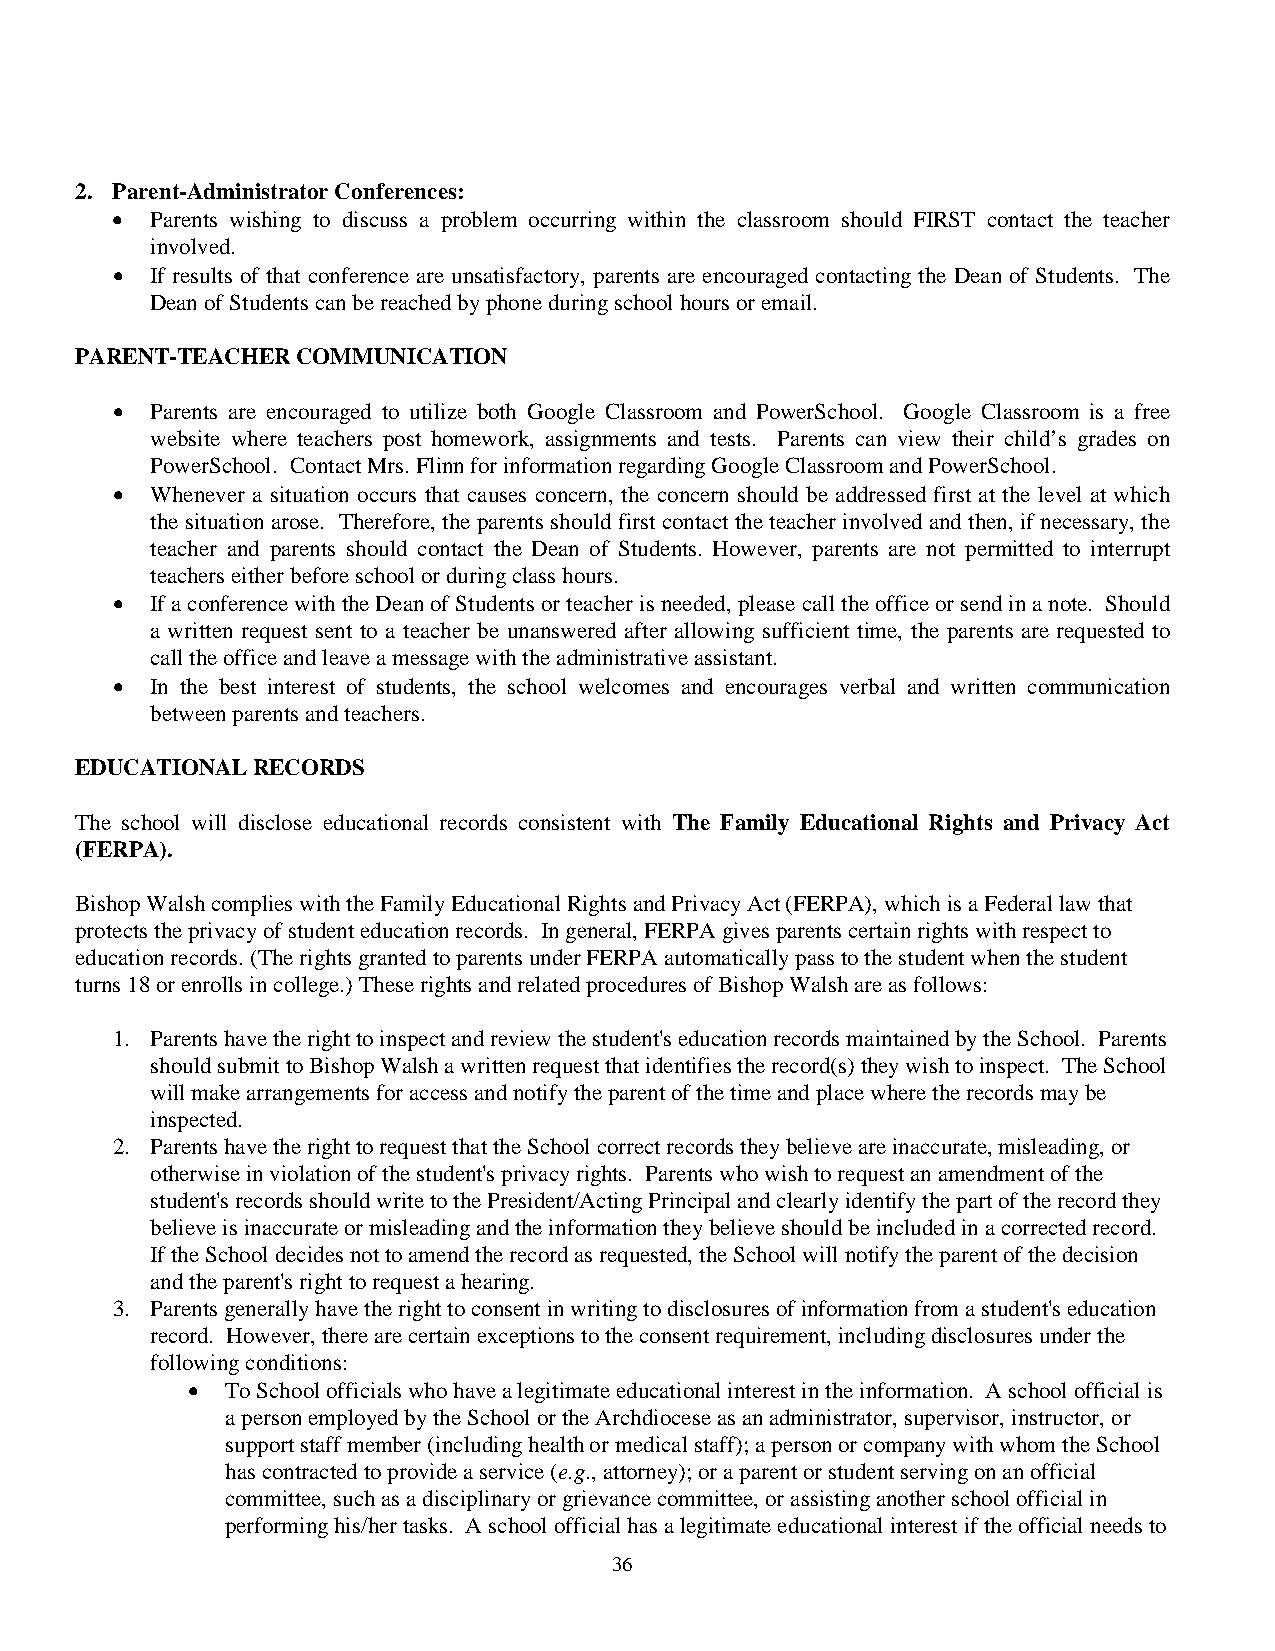
2. Parent-Administrator Conferences:
 •  Parents wishing to discuss a problem occurring within the classroom should FIRST contact the teacher
 involved.
 •  If results of that conference are unsatisfactory, parents are encouraged contacting the Dean of Students. The
 Dean of Students can be reached by phone during school hours or email.
 PARENT-TEACHER COMMUNICATION
 •  Parents are encouraged to utilize both Google Classroom and PowerSchool. Google Classroom is a free
 website where teachers post homework, assignments and tests. Parents can view their child’s grades on
 PowerSchool. Contact Mrs. Flinn for information regarding Google Classroom and PowerSchool.
 •  Whenever a situation occurs that causes concern, the concern should be addressed first at the level at which
 the situation arose. Therefore, the parents should first contact the teacher involved and then, if necessary, the
 teacher and parents should contact the Dean of Students. However, parents are not permitted to interrupt
 teachers either before school or during class hours.
 •  If a conference with the Dean of Students or teacher is needed, please call the office or send in a note. Should
 a written request sent to a teacher be unanswered after allowing sufficient time, the parents are requested to
 call the office and leave a message with the administrative assistant.
 •  In the best interest of students, the school welcomes and encourages verbal and written communication
 between parents and teachers.
 EDUCATIONAL RECORDS
 The school will disclose educational records consistent with The Family Educational Rights and Privacy Act
 (FERPA).
 Bishop Walsh complies with the Family Educational Rights and Privacy Act (FERPA), which is a Federal law that
 protects the privacy of student education records. In general, FERPA gives parents certain rights with respect to
 education records. (The rights granted to parents under FERPA automatically pass to the student when the student
 turns 18 or enrolls in college.) These rights and related procedures of Bishop Walsh are as follows:
 1. Parents have the right to inspect and review the student's education records maintained by the School. Parents
 should submit to Bishop Walsh a written request that identifies the record(s) they wish to inspect. The School
 will make arrangements for access and notify the parent of the time and place where the records may be
 inspected.
 2. Parents have the right to request that the School correct records they believe are inaccurate, misleading, or
 otherwise in violation of the student's privacy rights. Parents who wish to request an amendment of the
 student's records should write to the President/Acting Principal and clearly identify the part of the record they
 believe is inaccurate or misleading and the information they believe should be included in a corrected record.
 If the School decides not to amend the record as requested, the School will notify the parent of the decision
 and the parent's right to request a hearing.
 3. Parents generally have the right to consent in writing to disclosures of information from a student's education
 record. However, there are certain exceptions to the consent requirement, including disclosures under the
 following conditions:
 •  To School officials who have a legitimate educational interest in the information. A school official is
 a person employed by the School or the Archdiocese as an administrator, supervisor, instructor, or
 support staff member (including health or medical staff); a person or company with whom the School
 has contracted to provide a service (e.g., attorney); or a parent or student serving on an official
 committee, such as a disciplinary or grievance committee, or assisting another school official in
 performing his/her tasks. A school official has a legitimate educational interest if the official needs to
 36